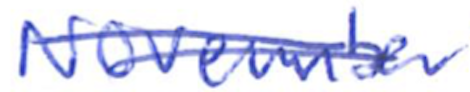
Text: November
Cross-out: double-line
Writing tool: ballpoint